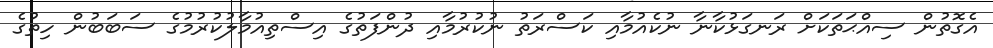
އެގޮތުން ސިއްޙަތަކަށް ރަނގަޅުކާނާ ނުކެއުމާއި ކަސްރަތު ނުކުރުމާއި ދުންފަތުގެ އިސްތިއުމާލުކުރުމުގެ ސަބަބުން ހިތުގެ